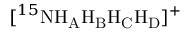
[ ^ { 1 5 } \mathrm { N H _ { A } H _ { B } H _ { C } H _ { D } } ] ^ { + }